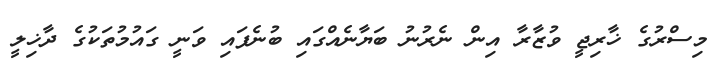
މިސްރުގެ ޚާރިޖީ ވުޒާރާ އިން ނެރުނު ބަޔާނެއްގައި ބުނެފައި ވަނީ ގައުމުތަކުގެ ދާޚިލީ